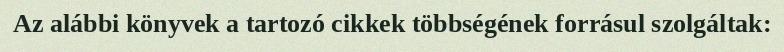
Az alábbi könyvek a tartozó cikkek többségének forrásul szolgáltak: